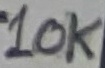
Text: 10K